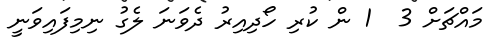
މައްޗަށް 3  1 ން ކުރި ހޯދިއިރު ދެވަނަ ލެގު ނިމިފައިވަނީ